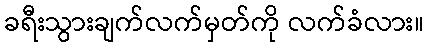
ခရီးသွားချက်လက်မှတ်ကို လက်ခံလား။